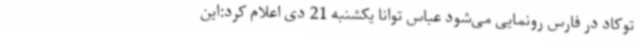
توکاد در فارس رونمایی می‌شود عباس توانا یکشنبه 21 دی اعلام کرد:این